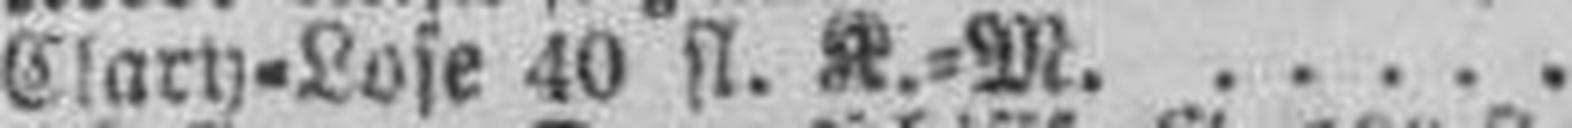
Clary=Lose 40 fl. K.=M.